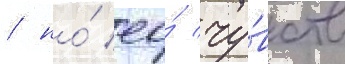
/ но́ ео́ чу́вств